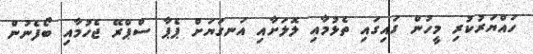
ހައްޔަރުކުރި މީހުން ގައިގައި ތެޅުމާއި ލޮލަށާއި އަނގަޔަށް ޕެޕާ ސްޕްރޭ ޖެހުމާއި ބޯފެނުން